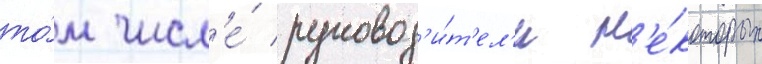
то́м числ'е́ руковод'и́т'ел'и н'е́которых